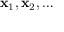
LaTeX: \mathbf { x } _ { 1 } , \mathbf { x } _ { 2 } , \ldots